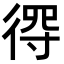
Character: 𢔨